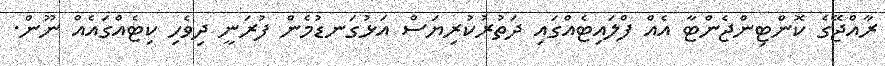
ރާއްޖޭގެ ކޮންޓިންޖެންޓާ އެއް ފްލައިޓެއްގައި ދަތުރުކުރިޔަސް އަޅުގަނޑުމެން ފުރަނީ ދިވެހި ކިޓެއްގައެއް ނޫން.